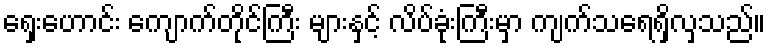
ရှေးဟောင်း ကျောက်တိုင်ကြီး များနှင့် လိပ်ခုံးကြီးမှာ ကျက်သရေရှိလှသည်။